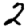
Digit: 2